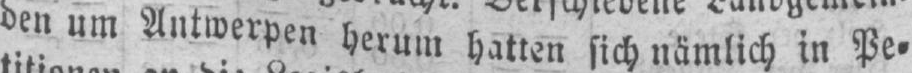
den um Antwerpen herum hatten sich nämlich in Pe⸗